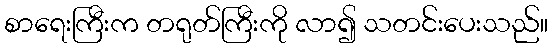
စာရေးကြီးက တရုတ်ကြီးကို လာ၍ သတင်းပေးသည်။